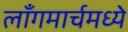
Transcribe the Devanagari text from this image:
लाँगमार्चमध्ये